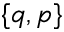
\{ q , p \}